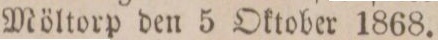
Möltorp den 5 Oktober 1868.